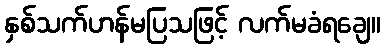
နှစ်သက်ဟန်မပြသဖြင့် လက်မခံရချေ။